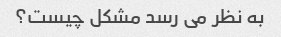
به نظر می رسد مشکل چیست؟